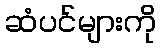
ဆံပင်များကို